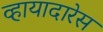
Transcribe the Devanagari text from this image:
व्हायादारेस